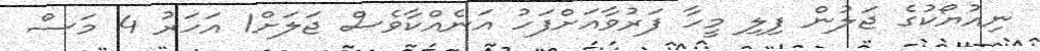
ނިއުޔޯކުގެ ޖަލުން ފިލި މީހާ ފަރުވާއަށްފަހު އަނެއްކާވެސް ޖަލަށް1 އަހަރު 4 މަސް